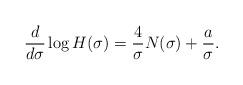
LaTeX: \begin{align*}\frac{d}{d\sigma} \log H(\sigma) = \frac{4}{\sigma} N(\sigma) + \frac{a}{\sigma}.\end{align*}